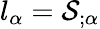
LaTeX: l_{\alpha}={\cal S}_{;\alpha}